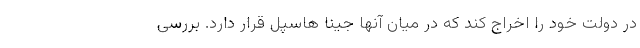
در دولت خود را اخراج کند که در میان آنها جینا هاسپل قرار دارد. بررسی